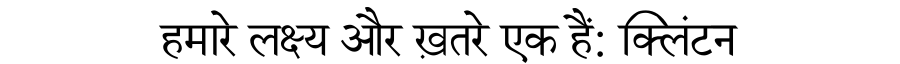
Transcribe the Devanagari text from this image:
हमारे लक्ष्य और ख़तरे एक हैं: क्लिंटन